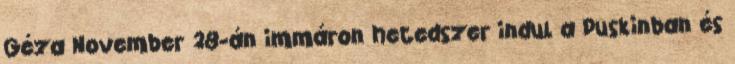
Géza November 28-án immáron hetedszer indul a Puskinban és